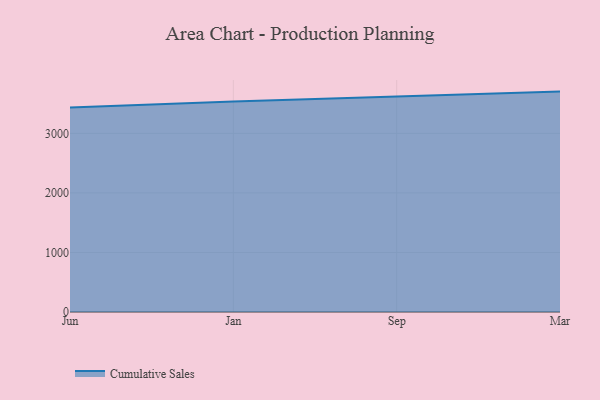
{"axis": {"x": "Month", "y": "Satisfaction Score"}, "legend": ["Cumulative Sales"], "data": [{"x": "Jun", "y": 3432.1, "type": "Cumulative Sales"}, {"x": "Jan", "y": 3534.1, "type": "Cumulative Sales"}, {"x": "Sep", "y": 3617.2, "type": "Cumulative Sales"}, {"x": "Mar", "y": 3701.2, "type": "Cumulative Sales"}]}